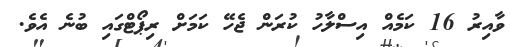
ވާއިރު 16 ކަމެއް އިސްލާހު ކުރަން ޖެހޭ ކަމަށް ރިޕޯޓްގައި ބުނެ އެވެ.